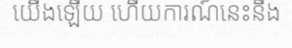
យើងឡើយ ហើយការណ៍នេះនឹង